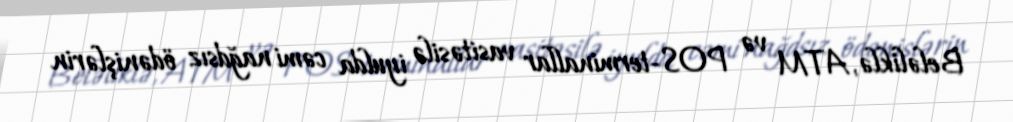
Beləliklə, ATM və POS-terminallar vasitəsilə iyulda cəmi nağdsız ödənişlərin